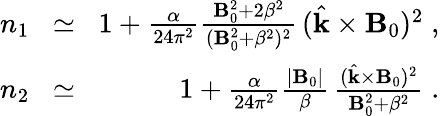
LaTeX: \begin{array}{rlr}{n_{1}\! }&{\simeq}&{\! 1+\frac{\alpha}{24\pi^{2}}\frac{{\mathbf B}_{0}^{2}+2\beta^{2}}{({\mathbf B}_{0}^{2}+\beta^{2})^{2}}\, (\hat{{\mathbf k}}\times{\mathbf B}_{0})^{2}\; ,}\\ {n_{2}\! }&{\simeq}&{\! 1+\frac{\alpha}{24\pi^{2}}\frac{|{\mathbf B}_{0}|}{\beta}\, \frac{(\hat{{\mathbf k}}\times{\mathbf B}_{0})^{2}}{{\mathbf B}_{0}^{2}+\beta^{2}}\; .}\end{array}